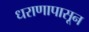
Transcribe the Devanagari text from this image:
धराणापासून